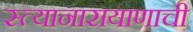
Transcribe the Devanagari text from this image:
स्त्यानारायाणाची